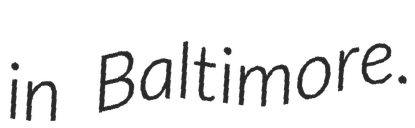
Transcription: in Baltimore.